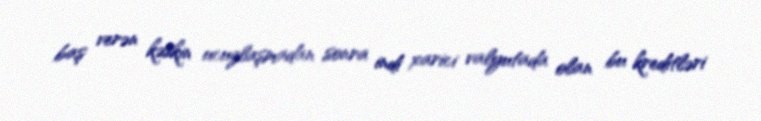
baş verən kəskin ucuzlaşmadan sonra indi xarici valyutada olan bu kreditləri